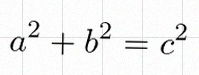
a^2+b^2=c^2